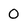
Character: 0